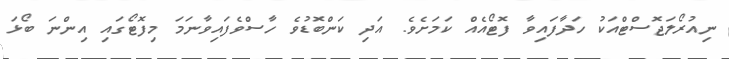
ނިއުރޯލަޖޮސްޓްއަކު ހަދާފައިވާ ފޮޓޯއެއް ކަމަށެވެ. އަދި ކަންބޮޑުވެ ހާސްވެފައިވާނަމަ މިފޮޓޯގައި އިންނަ ބޯޅަ